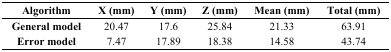
<table><thead><tr><td><b>Algorithm</b></td><td><b>X (mm)</b></td><td><b>Y (mm)</b></td><td><b>Z (mm)</b></td><td><b>Mean (mm)</b></td><td><b>Total (mm)</b></td></tr></thead><tbody><tr><td><b>General model</b></td><td>20.47</td><td>17.6</td><td>25.84</td><td>21.33</td><td>63.91</td></tr><tr><td><b>Error model</b></td><td>7.47</td><td>17.89</td><td>18.38</td><td>14.58</td><td>43.74</td></tr></tbody></table>